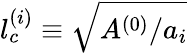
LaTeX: l_{c}^{(i)}\equiv\sqrt{A^{(0)}/a_{i}}